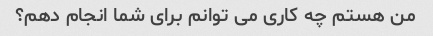
من هستم چه کاری می توانم برای شما انجام دهم؟